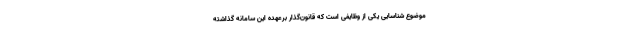
موضوع شناسایی یکی از وظایفی است که قانون‌گذار برعهده این سامانه گذاشته